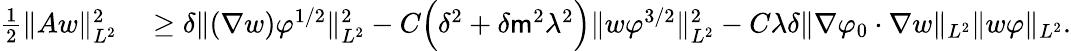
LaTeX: \begin{array}{rl}{\frac{1}{2}\| Aw\| _{L^{2}}^{2}}&{{}\geq\delta\| (\nabla w)\varphi^{1/2}\| _{L^{2}}^{2}-C\Big(\delta^{2}+\delta\mathsf{m}^{2}\lambda^{2}\Big)\| w\varphi^{3/2}\| _{L^{2}}^{2}-C\lambda\delta\| \nabla\varphi_{0}\cdot\nabla w\| _{L^{2}}\| w\varphi\| _{L^{2}}.}\end{array}